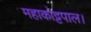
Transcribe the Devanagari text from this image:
महाकोट्टपाल।